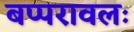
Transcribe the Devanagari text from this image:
बप्परावलः